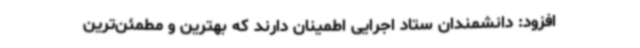
افزود: دانشمندان ستاد اجرایی اطمینان دارند که بهترین و مطمئن‌ترین